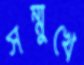
সম্মুখে